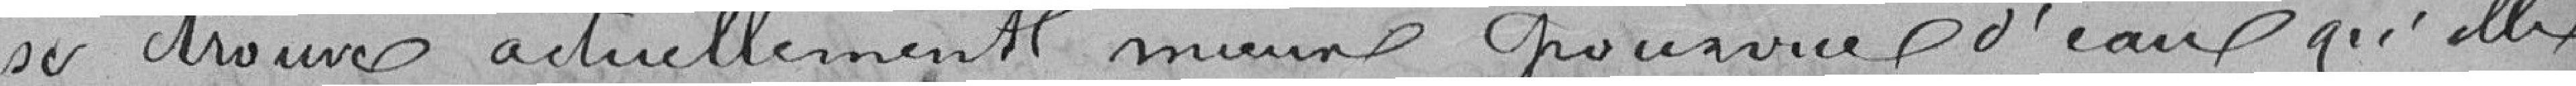
se trouve actuellement mieux pourvue d'eau qu'elle